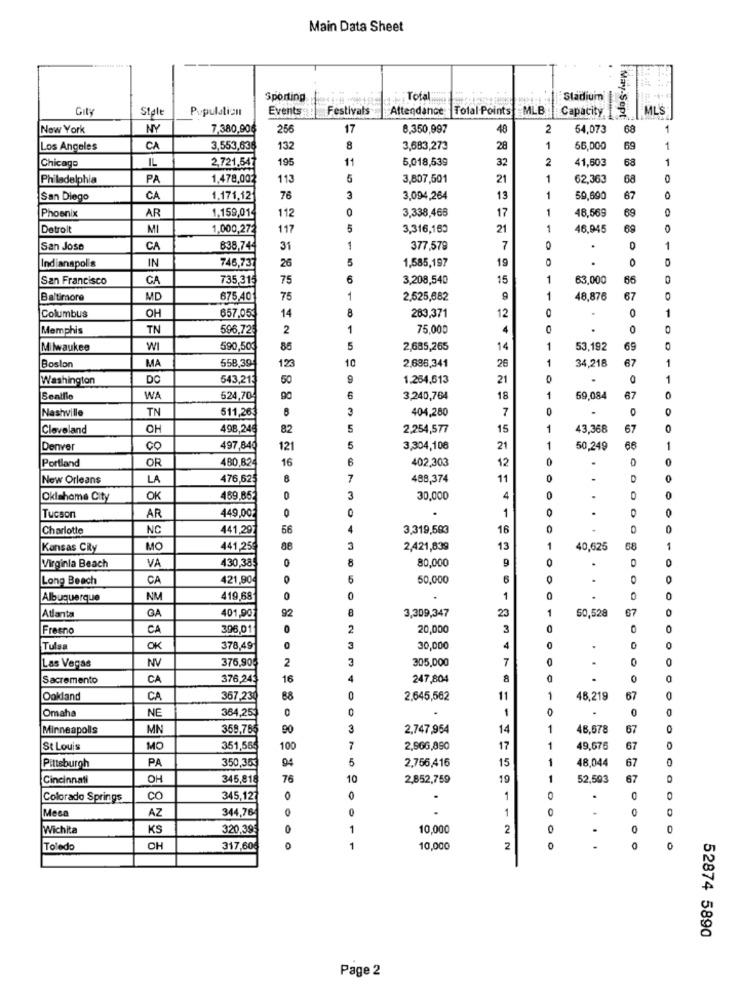
Main Data Sheet
Sporting
Total
:Stadium
Stale
Population
Events
Festivals
Attendance
Total Points EMLE
Capacity
ML'S
I May-Sept
New York
NY
7,380,90
256
17
8.350,997
48
2
54,073
68
1
Los Angeles
CA
3,553,638
132
8
3,683,273
28
1
56,000
69
1
195
11
5,018,539
32
2
41,603
68
1
Chicago
IL
2,721.547
Philadelphia
PA
1.478,002
113
5
3,807,501
21
1
62,363
68
San Diego
CA
1.171,12
76
3
3,094,264
13
1
59,690
67
Phoenix
AR
1.159,01
112
3,338,465
1
48.569
89
17
Detroit
MI
1.000,272
117
3,316,160
21
1
46.945
0
San Jose
CA
638,744
31
1
377,579
7
0
.
1
Indianapolis
26
5
1,585,197
19
0
IN
746,737
San Francisco
GA
735,315
75
6
3,208,540
15
1
63,000
66
Baltimore
MD
675,40
75
1
2,525,682
9
1
48.876
67
657,05
14
12
0
1
Columbus
OH
283,371
Memphis
TN
596,72€
2
1
75,000
4
0
Milwaukee
WI
590,50€
5
2,685,265
14
1
53,192
69
Boslon
558,39
10
2,686,341
26
1
34,218
67
1
MA
123
Washington
DO
543,213
50
1.254,513
21
0
0
1
Sentfie
WA
524,704
6
3,240,764
18
1
59,084
67
Nashville
TN
511,26
3
404,280
7
0
Cleveland
OH
498,248
82
5
2,254,577
15
1
43,368
67
Denver
CO
497,840
121
5
3,304,108
21
1
50,249
1
Portland
OR
480,82
16
6
402,303
12
0
0
New Orleans
LA
476,625
8
7
488,374
11
D
0
0
Oklahoma City
OK
469,852
0
3
30,000
4
0
0
.
1
0
.
0
0
Tucson
AR
449,00
Charlotte
NC
441,297
56
3,319,593
16
0
Kansas City
MO
441,25
88
2,421,839
13
1
10.625
58
1
430,385
0
8
80,000
9
0
Virginia Beach
VA
.
O
Long Beach
CA
421,90
5
50,000
6
0
.
Albuquerque
NM
419,68
1
0
GA
401,907
92
3,309,347
1
50.528
Atlanta
23
O
Fresno
CA
396,01
0
2
20,000
3
0
Tulsa
OK
378,49
3
30,000
4
0
.
0
Las Vegas
NV
376,905
2
3
305,000
7
0
0
Sacremento
CA
376,243
16
4
247,804
8
O
0
Oakland
CA
367,230
88
0
2,645,562
11
1
46,219
67
0
Omaha
NE
364,253
0
0
0
0
Minneapolis
MN
358,765
90
3
2,747,954
14
1
48,678
67
St Louis
MO
351,555
100
2,966,890
17
1
49,676
67
PA
350,35€
94
5
2,756,416
15
1
48,044
67
Pittsburgh
Cincinnati
OH
345,818
76
10
2,852,759
19
1
52,593
67
Colorado Springs
co
345,127
O
AZ
344,76
0
0
1
0
.
0
Mesa
Wichita
KS
320,39
1
10,000
2
0
.
0
0
Toledo
CH
317,60€
1
10,000
2
0
0
52874 5890
Page 2